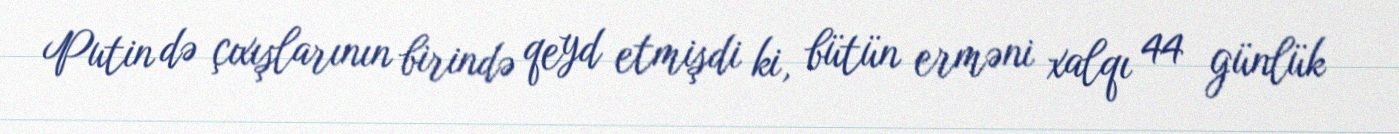
Putin də çıxışlarının birində qeyd etmişdi ki, bütün erməni xalqı 44 günlük